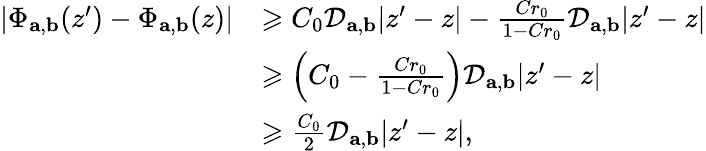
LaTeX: \begin{array}{rl}{\vert\Phi_{\textbf{a},\textbf{b}}(z^{\prime})-\Phi_{\textbf{a},\textbf{b}}(z)\vert}&{\geqslant C_{0}\mathcal{D}_{\textbf{a},\textbf{b}}\vert z^{\prime}-z\vert-\frac{Cr_{0}}{1-Cr_{0}}\mathcal{D}_{\textbf{a},\textbf{b}}\vert z^{\prime}-z\vert}\\ &{\geqslant\left(C_{0}-\frac{Cr_{0}}{1-Cr_{0}}\right)\mathcal{D}_{\textbf{a},\textbf{b}}\vert z^{\prime}-z\vert}\\ &{\geqslant\frac{C_{0}}{2}\mathcal{D}_{\textbf{a},\textbf{b}}\vert z^{\prime}-z\vert,}\end{array}